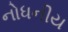
નોધનીય